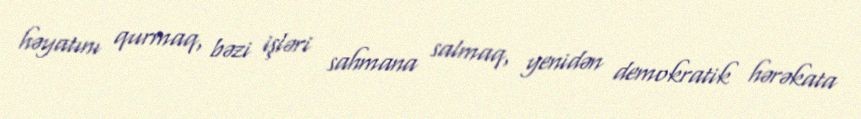
həyatını qurmaq, bəzi işləri sahmana salmaq, yenidən demokratik hərəkata